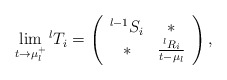
\begin{align*}\lim_{t\rightarrow \mu_l^+}{}^{l}T_i=\left(\begin{array}{cccc}{}^{l-1}S_i & \ast \\\ast & \frac{{}^{l}R_i}{t-\mu_l}\end{array}\right),\end{align*}